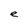
Character: e